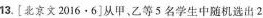
13.[北京文2016·6]从甲、乙等5名学生中随机选出2